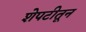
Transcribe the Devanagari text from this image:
शेपटीतून